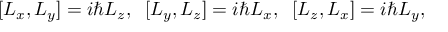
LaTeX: [ L _ { x } , L _ { y } ] = i \hbar L _ { z } , \; \; [ L _ { y } , L _ { z } ] = i \hbar L _ { x } , \; \; [ L _ { z } , L _ { x } ] = i \hbar L _ { y } ,